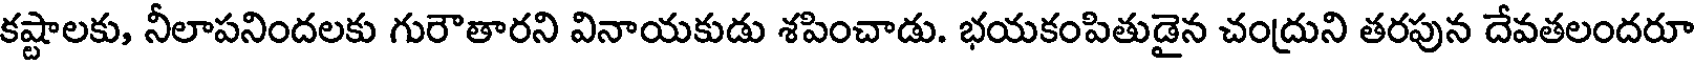
కష్టాలకు, నీలాపనిందలకు గురౌతారని వినాయకుడు శపించాడు. భయకంపితుడైన చంద్రుని తరపున దేవతలందరూ